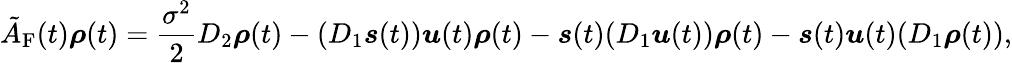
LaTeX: \tilde{A}_{\mathrm{F}}(t)\boldsymbol\rho(t)=\frac{\sigma^{2}}{2}D_{2}\boldsymbol\rho(t)-(D_{1}\boldsymbol s(t))\boldsymbol u(t)\boldsymbol\rho(t)-\boldsymbol s(t)(D_{1}\boldsymbol u(t))\boldsymbol\rho(t)-\boldsymbol s(t)\boldsymbol u(t)(D_{1}\boldsymbol\rho(t)),